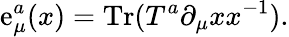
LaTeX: \mathrm{e}_{\mu}^{a}(x)=\mathrm{{Tr}}(T^{a}\partial_{\mu}xx^{-1}).